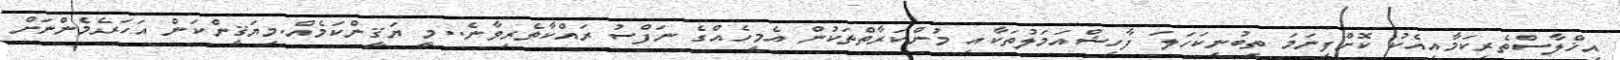
އިޚްލާސްތެރިކަމާއިއެކު ކޮށްފިނަމަ ތިބުނިކަހަލަ ފާހިޝްއަމަލުތަކާއި މުންކަރާތްތަކުން އެމީހެއްގެ ނަފްސު ރައްކާތެރިވާނެ..މީ ޔަޤީންކަމެއް.މިޔަޤީންކަން އަހަރެމެންނަށް